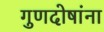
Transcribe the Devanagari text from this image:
गुणदोषांना